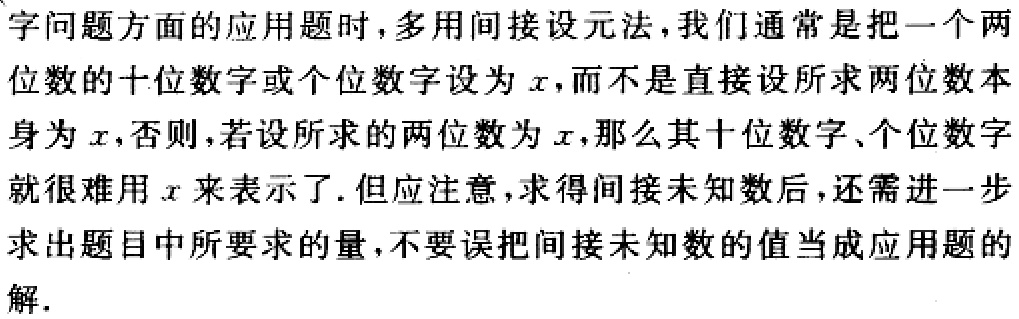
字问题方面的应用题时，多用间接设元法，我们通常是把一个两位数的十位数字或个位数字设为\(x\)，而不是直接设所求两位数本身为\(x\)，否则，若设所求的两位数为\(x\)，那么其十位数字、个位数字就很难用\(x\)来表示了. 但应注意，求得间接未知数后，还需进一步求出题目中所要求的量，不要误把间接未知数的值当成应用题的解.